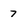
Character: 7